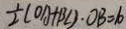
\frac { 1 } { 2 } ( O A + B C ) \cdot O B = 6